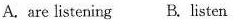
A.are listening B. Listen